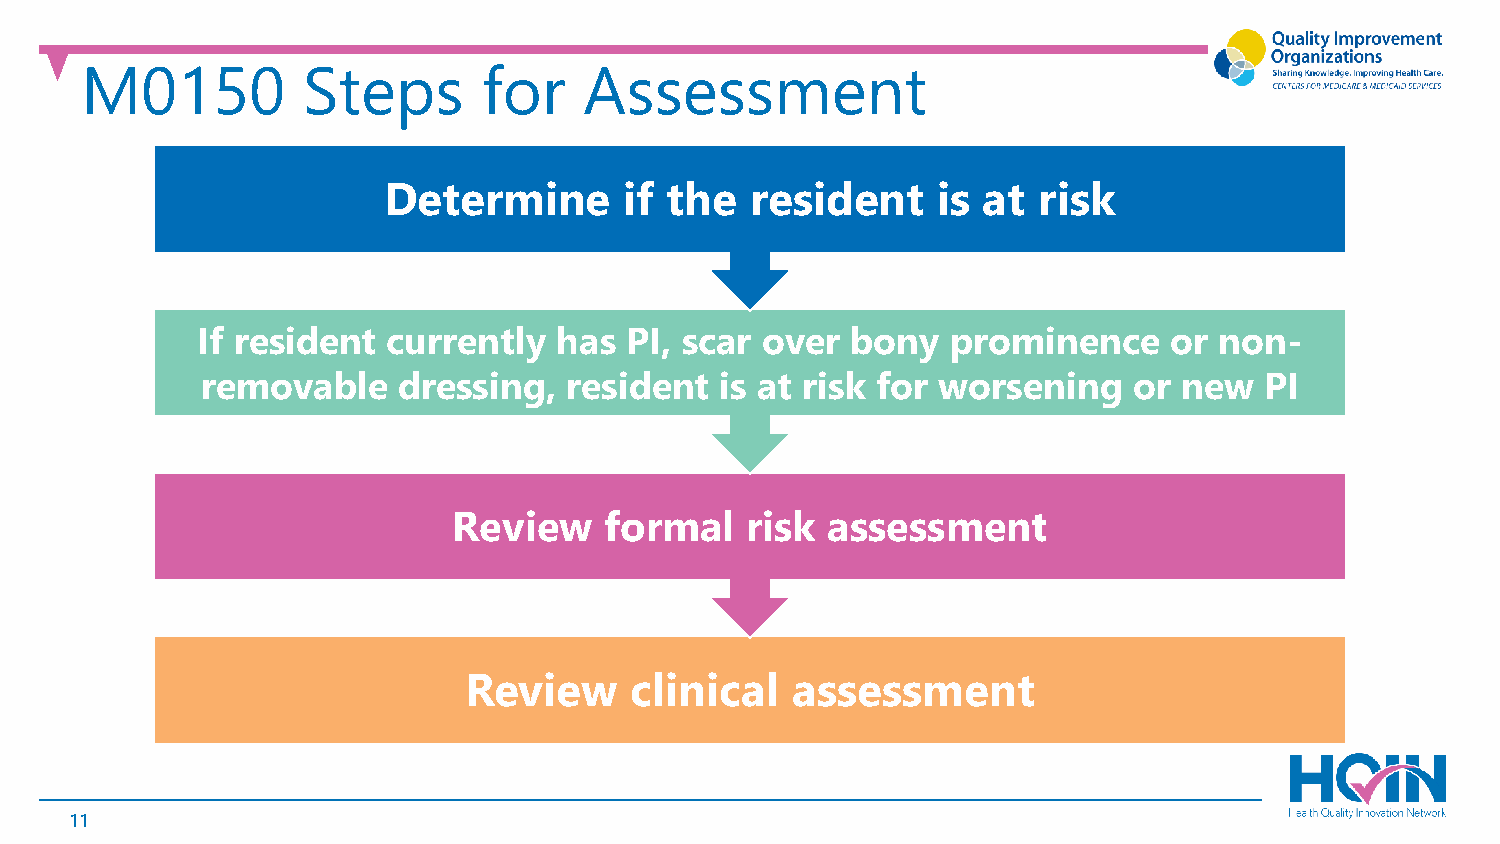
M0150          Steps       for    Assessment
 Determine       if the   resident    is at  risk
 If resident  currently  has PI, scar over  bony   prominence    or  non-
 removable    dressing,   resident  is at risk for worsening   or new   PI
 Review    formal   risk  assessment
 Review     clinical  assessment
 11